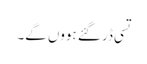
تسی ڈر گئے ہووں گے۔